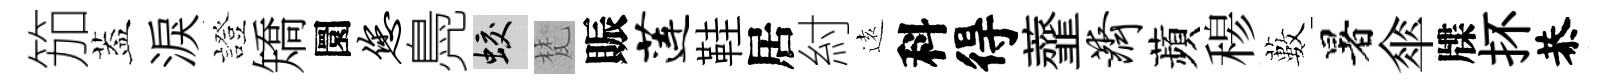
笳葢淚證矯圜您鳧蛟梵賑莲鞋居紂逺科得虀济蘋𥠇藪暑傘牒抔恭